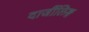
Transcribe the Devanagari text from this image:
दार्जीलिङ्ग